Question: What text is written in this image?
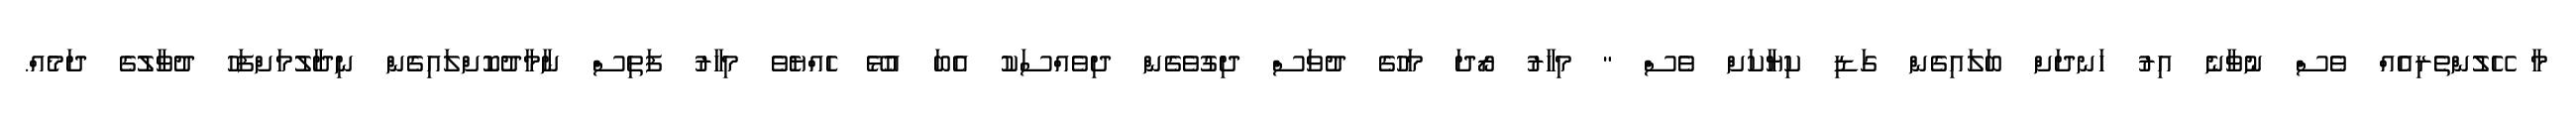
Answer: މާ ހޭލުންތެރިއެއް ވެސް ނުވާނެ އިރު ހަނދަށް ބަލައިގެން ގަޑި ކިޔާކަށް ވެސް " މިހާރު ރޯދަ މަހުގެ ދުވަސް ދިގުވެގެން ދިވެއްސަކު އެބަ އުޅޭ ހެއްޔެވެ މިހާރު ފަތިސް ނާމާދުކޮށްލައިގެން ނިދާލުމަށްފަހު ދުވާލުގެ ދަމެއް.